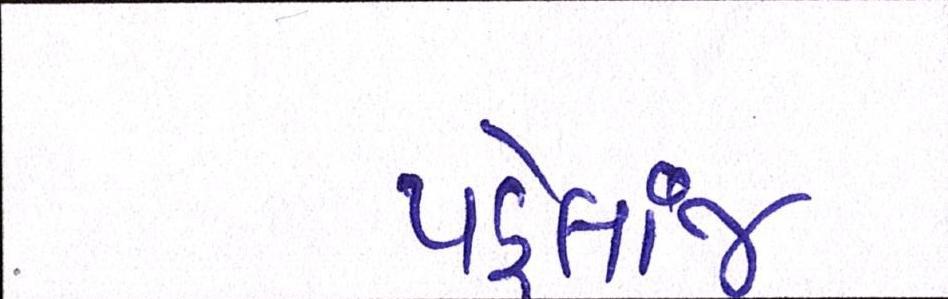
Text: પહેલાંજ